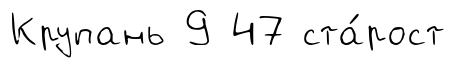
Крупань 9 47 ста́рост